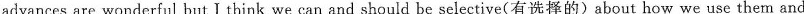
advances are wonderful but I think we can and should be selective(有选择的)about how we use them and